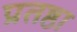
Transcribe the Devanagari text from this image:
प्रतष्ठा